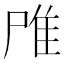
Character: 𨾋